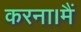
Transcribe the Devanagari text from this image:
करना।मैं